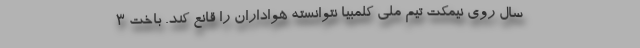
سال روی نیمکت تیم ملی کلمبیا نتوانسته هواداران را قانع کند. باخت 3